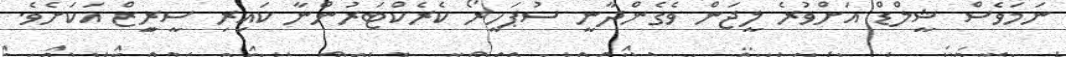
ނަމަވެސް ޝީލްޑް އަށްވުރެ ލީޖަން ވެގެންދާނީ ސުޕަހީރޯ ކެރެކްޓަރުންނާ ކައިރި ސީރިީޒް އަކަށެވެ.